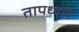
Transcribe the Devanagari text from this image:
तापध्वनि